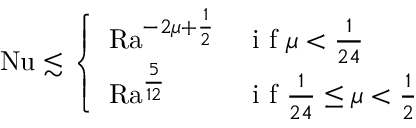
\mathrm { { N u } } \lesssim \left\{ \begin{array} { l l } { \mathrm { { R a } } ^ { - 2 \mu + \frac 1 2 } } & { \mathrm { ~ i ~ f ~ } \mu < \frac { 1 } { 2 4 } } \\ { \mathrm { { R a } } ^ { \frac { 5 } { 1 2 } } } & { \mathrm { ~ i ~ f ~ } \frac { 1 } { 2 4 } \leq \mu < \frac { 1 } { 2 } } \end{array} \right.